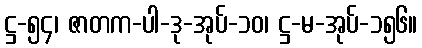
ဋ္ဌ-၅၄၊ ဇာတက-ပါ-ဒု-အုပ်-၁၀၊ ဋ္ဌ-မ-အုပ်-၁၅၆။